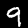
Label: 9